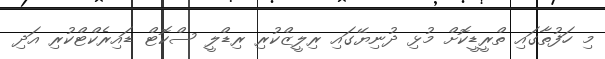
މި ހަފުތާގައި ތްރީޑީކޮށް މުޅި ދުނިޔޭގައި ރިލީޒްކުރި ރިޑްލީ ސްކޮޓް ޑައިރެކްޓްކުރި އަދި